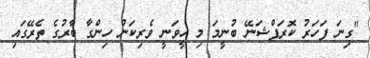
"ގިނަ ފަހަރު ކޮރަޕްޝަނޭ ބުނީމަ މި ހީވަނީ ވެރިކަން ހިންގާ ބާރުގެ ތެރޭގައި